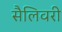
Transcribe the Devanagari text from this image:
सैलिवरी